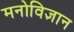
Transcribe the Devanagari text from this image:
मनोविज्ञान